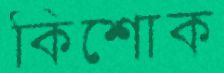
কিশোক